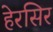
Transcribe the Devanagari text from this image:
हेरसिर